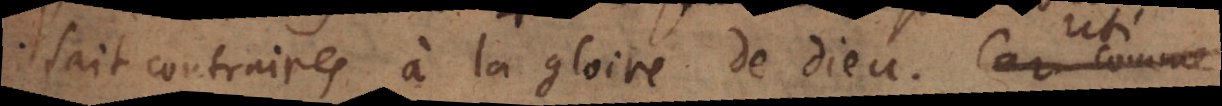
fait contraires à la gloire de Dieu. Car comme